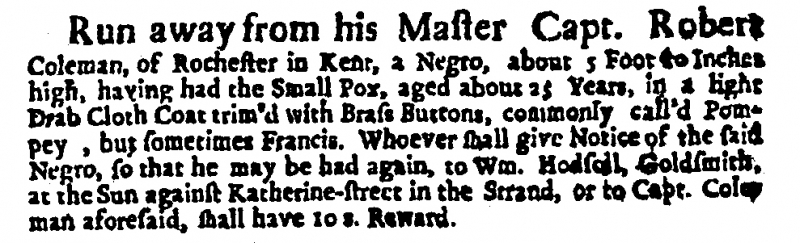
Daily Courant, 9 January 1721 (England)
Run away from his Master Capt. Robert Coleman, of Rochester in Kent, a Negro, about 5 Foot 10 Inches high, having had the Small Pox, aged about 25 Years, in a light Drab Cloth Coat trim’d with Brass Buttons, commonly call’d Pompey, but sometimes Francis. Whoever shall give Notice of the said Negro, so that he may be had again, to Wm. Hodsoll, Goldsmith, at the Sun against Katherine-street in the Strand, or to Capt. Coleman aforesaid, shall have 10 s. Reward.